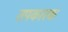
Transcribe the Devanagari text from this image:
तपकारक